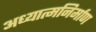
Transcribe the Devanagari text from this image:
अध्यात्मनिर्माण